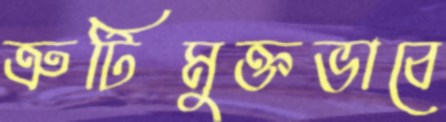
ত্রুটিমুক্তভাবে